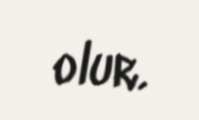
olur.